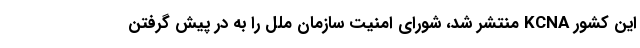
این کشور KCNA منتشر شد، شورای امنیت سازمان ملل را به در پیش گرفتن